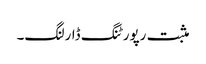
مثبت رپورٹنگ ڈارلنگ۔